Madras plague regulations in force outside the Presidency town - Volume 1
Disease focus: Plague
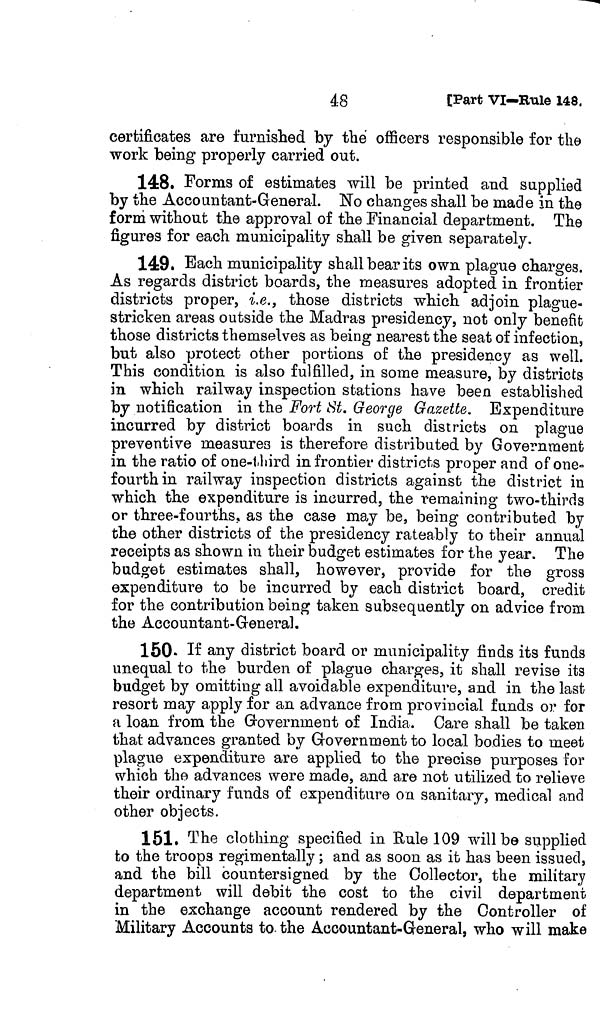
48
[Part
VI—Rule 148,
certificates are furnished by the officers responsible for the
work being properly carried out.
148. Forms of estimates will be printed and supplied
by the Accountant-General. No changes shall be made in the
form without the approval of the Financial department. The
figures for each municipality shall be given separately.
149. Bach municipality shall bear its own plague charges.
As regards district boards, the measures adopted in frontier
districts proper, i.e., those districts which adjoin plague-
stricken areas outside the Madras presidency, not only benefit
those districts themselves as being nearest the seat of infection,
but also protect other portions of the presidency as well.
This condition is also fulfilled, in some measure, by districts
in which railway inspection stations have been established
by notification in the Fort St. George Gazette. Expenditure
incurred by district boards in such districts on plague
preventive measures is therefore distributed by Government
in the ratio of one-third in frontier districts proper and of one-
fourth in railway inspection districts against the district in
which the expenditure is incurred, the remaining two-thirds
or three-fourths, as the case may be, being contributed by
the other districts of the presidency rateably to their annual
receipts as shown in their budget estimates for the year. The
budget estimates shall, however, provide for the gross
expenditure to be incurred by each district board, credit
for the contribution being taken subsequently on advice from
the Accountant-General.
150. Many district board or municipality finds its funds
unequal to the burden of plague charges, it shall revise its
budget by omitting all avoidable expenditure, and in the last
resort may apply for an advance from provincial funds or for
a loan from the Government of India. Care shall be taken
that advances granted by Government to local bodies to meet
plague expenditure are applied to the precise purposes for
which the advances were made, and are not utilized to relieve
their ordinary funds of expenditure on sanitary, medical and
other objects.
151. The clothing specified in Rule 109 will be supplied
to the troops regimentally ; and as soon as it has been issued,
and the bill countersigned by the Collector, the military
department will debit the cost to the civil department
in the exchange account rendered by the Controller of
Military Accounts to- the Accountant-General, who will make